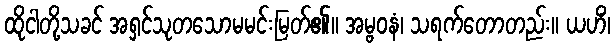
ထိုငါတို့သခင် အရှင်သုတသောမမင်းမြတ်၏။ အမ္ဗဝနံ၊ သရက်တောတည်း။ ယဟိံ၊